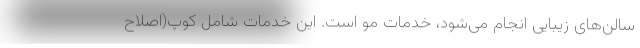
سالن‌های زیبایی انجام می‌شود، خدمات مو است. این خدمات شامل کوپ(اصلاح